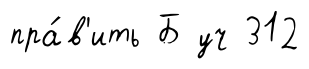
пра́в'ить Б уч 312